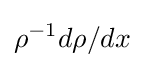
\rho ^{-1}d\rho /dx